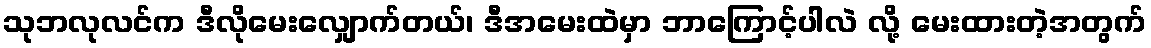
သုဘလုလင်က ဒီလိုမေးလျှောက်တယ်၊ ဒီအမေးထဲမှာ ဘာကြောင့်ပါလဲ လို့ မေးထားတဲ့အတွက်